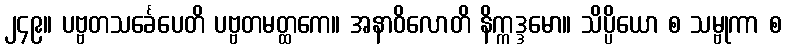
၂၄၉။ ပဗ္ဗတသင်္ခေပေတိ ပဗ္ဗတမတ္ထကေ။ အနာဝိလောတိ နိက္ကဒ္ဒမော။ သိပ္ပိယော စ သမ္ဗုကာ စ